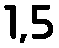
1,5